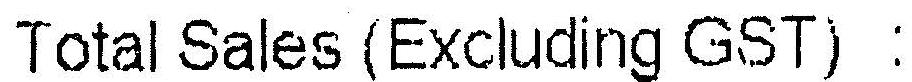
TOTAL SALES (EXCLUDING GST) :